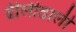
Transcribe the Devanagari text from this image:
ढीलीढाली